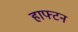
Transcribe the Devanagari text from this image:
हाफ्टन